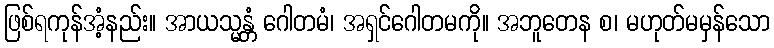
ဖြစ်ရကုန်အံ့နည်း။ အာယသ္မန္တံ ဂေါတမံ၊ အရှင်ဂေါတမကို။ အဘူတေန စ၊ မဟုတ်မမှန်သော